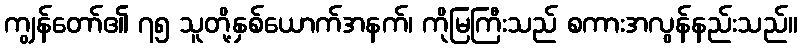
ကျွန်တော်၏ ၇၅ သူတို့နှစ်ယောက်အနက်၊ ကိုမြကြီးသည် စကားအလွန်နည်းသည်။